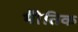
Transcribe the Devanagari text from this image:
भोैतिक